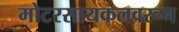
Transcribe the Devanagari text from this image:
मोटरसायकलवरून